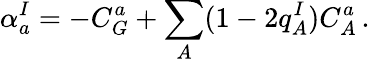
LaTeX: \alpha_{a}^{I}=-C_{G}^{a}+\sum_{A}(1-2q_{A}^{I})C_{A}^{a}\, .